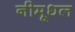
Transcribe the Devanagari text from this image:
नीमूधल